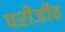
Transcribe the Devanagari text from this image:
परीजीव